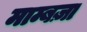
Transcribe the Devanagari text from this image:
माम्बज़ा